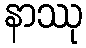
နာဿု